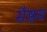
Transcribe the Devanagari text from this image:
सैष्ठव